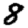
Digit: 8